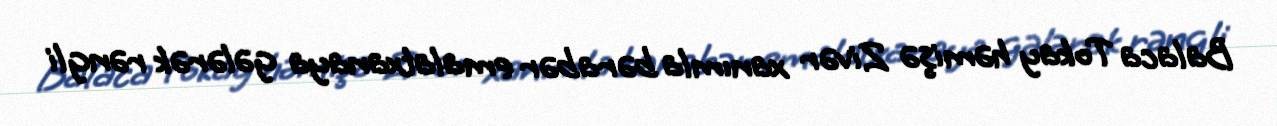
Balaca Tokay həmişə Zivər xanımla bərabər emalatxanaya gələrək rəngli